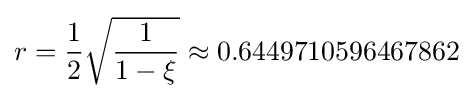
r={\frac {1}{2}}{\sqrt {\frac {1}{1-\xi }}}\approx 0.6449710596467862